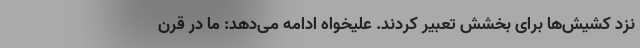
نزد کشیش‌ها برای بخشش تعبیر کردند. علیخواه ادامه می‌دهد: ما در قرن